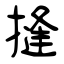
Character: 摓